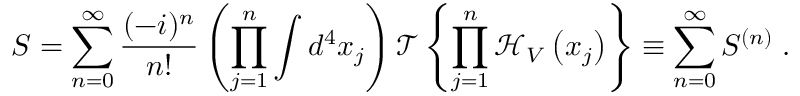
S = \sum _ { n = 0 } ^ { \infty } { \frac { ( - i ) ^ { n } } { n ! } } \left( \prod _ { j = 1 } ^ { n } \int d ^ { 4 } x _ { j } \right) { \mathcal { T } } \left\{ \prod _ { j = 1 } ^ { n } { \mathcal { H } } _ { V } \left( x _ { j } \right) \right\} \equiv \sum _ { n = 0 } ^ { \infty } S ^ { ( n ) } \; .